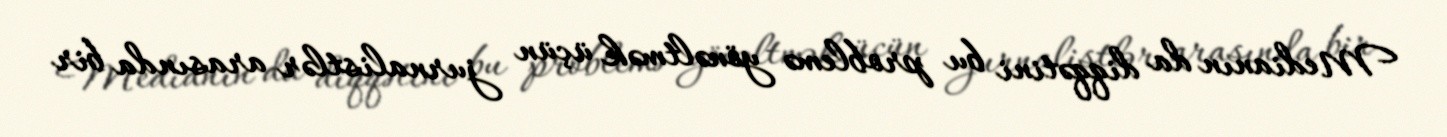
Medianın da diqqətini bu problemə yönəltmək üçün jurnalistlər arasında bir